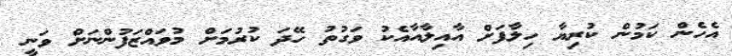
އެހެން ކަމުން ކުރިޔާ ހިލާފަށް އާއިލާއާއެކު ވަގުތު ހޭދަ ކުރުމަށް މުވައްޒަފުންނަށް ވަނީ